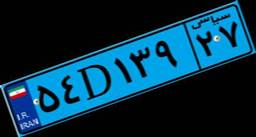
۵۴D۱۳۹۲۷